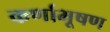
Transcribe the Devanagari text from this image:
कर्णाभूषण